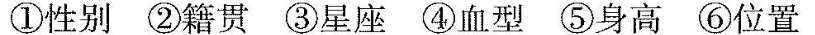
①性别②籍贯③星座④血型⑤身高⑥位置